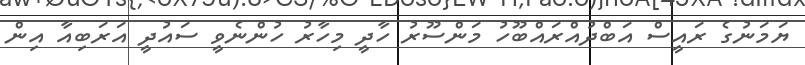
ޔަމަނުގެ ރައީސް އަބްދުއްރައްބޫހު މަންސޫރު ހާދީ މިހާރު ހުންނެވީ ސައުދީ އަރަބިއާ އިން